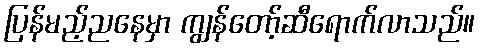
ပြန်မည့်ညနေမှာ ကျွန်တော့်ဆီရောက်လာသည်။